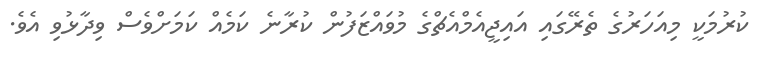
ކުރުމަކީ މިއަހަރުގެ ތެރޭގައި އައިޖީއެމްއެޗްގެ މުވައްޒަފުން ކުރާނެ ކަމެއް ކަމަށްވެސް ވިދާޅުވި އެވެ.